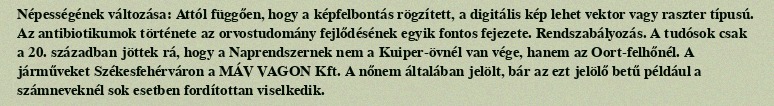
Népességének változása: Attól függően, hogy a képfelbontás rögzített, a digitális kép lehet vektor vagy raszter típusú. Az antibiotikumok története az orvostudomány fejlődésének egyik fontos fejezete. Rendszabályozás. A tudósok csak a 20. században jöttek rá, hogy a Naprendszernek nem a Kuiper-övnél van vége, hanem az Oort-felhőnél. A járműveket Székesfehérváron a MÁV VAGON Kft. A nőnem általában jelölt, bár az ezt jelölő betű például a számneveknél sok esetben fordítottan viselkedik.